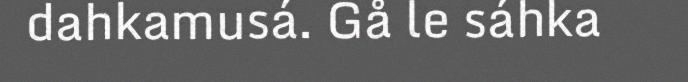
dahkamusá. Gå le sáhka